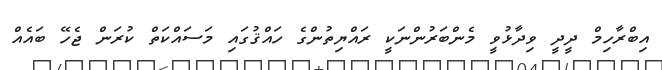
އިބްރާހިމް ދީދީ ވިދާޅުވީ މެންބަރުންނަކީ ރައްޔިތުންގެ ހައްޤުގައި މަސައްކަތް ކުރަން ޖެހޭ ބައެއް